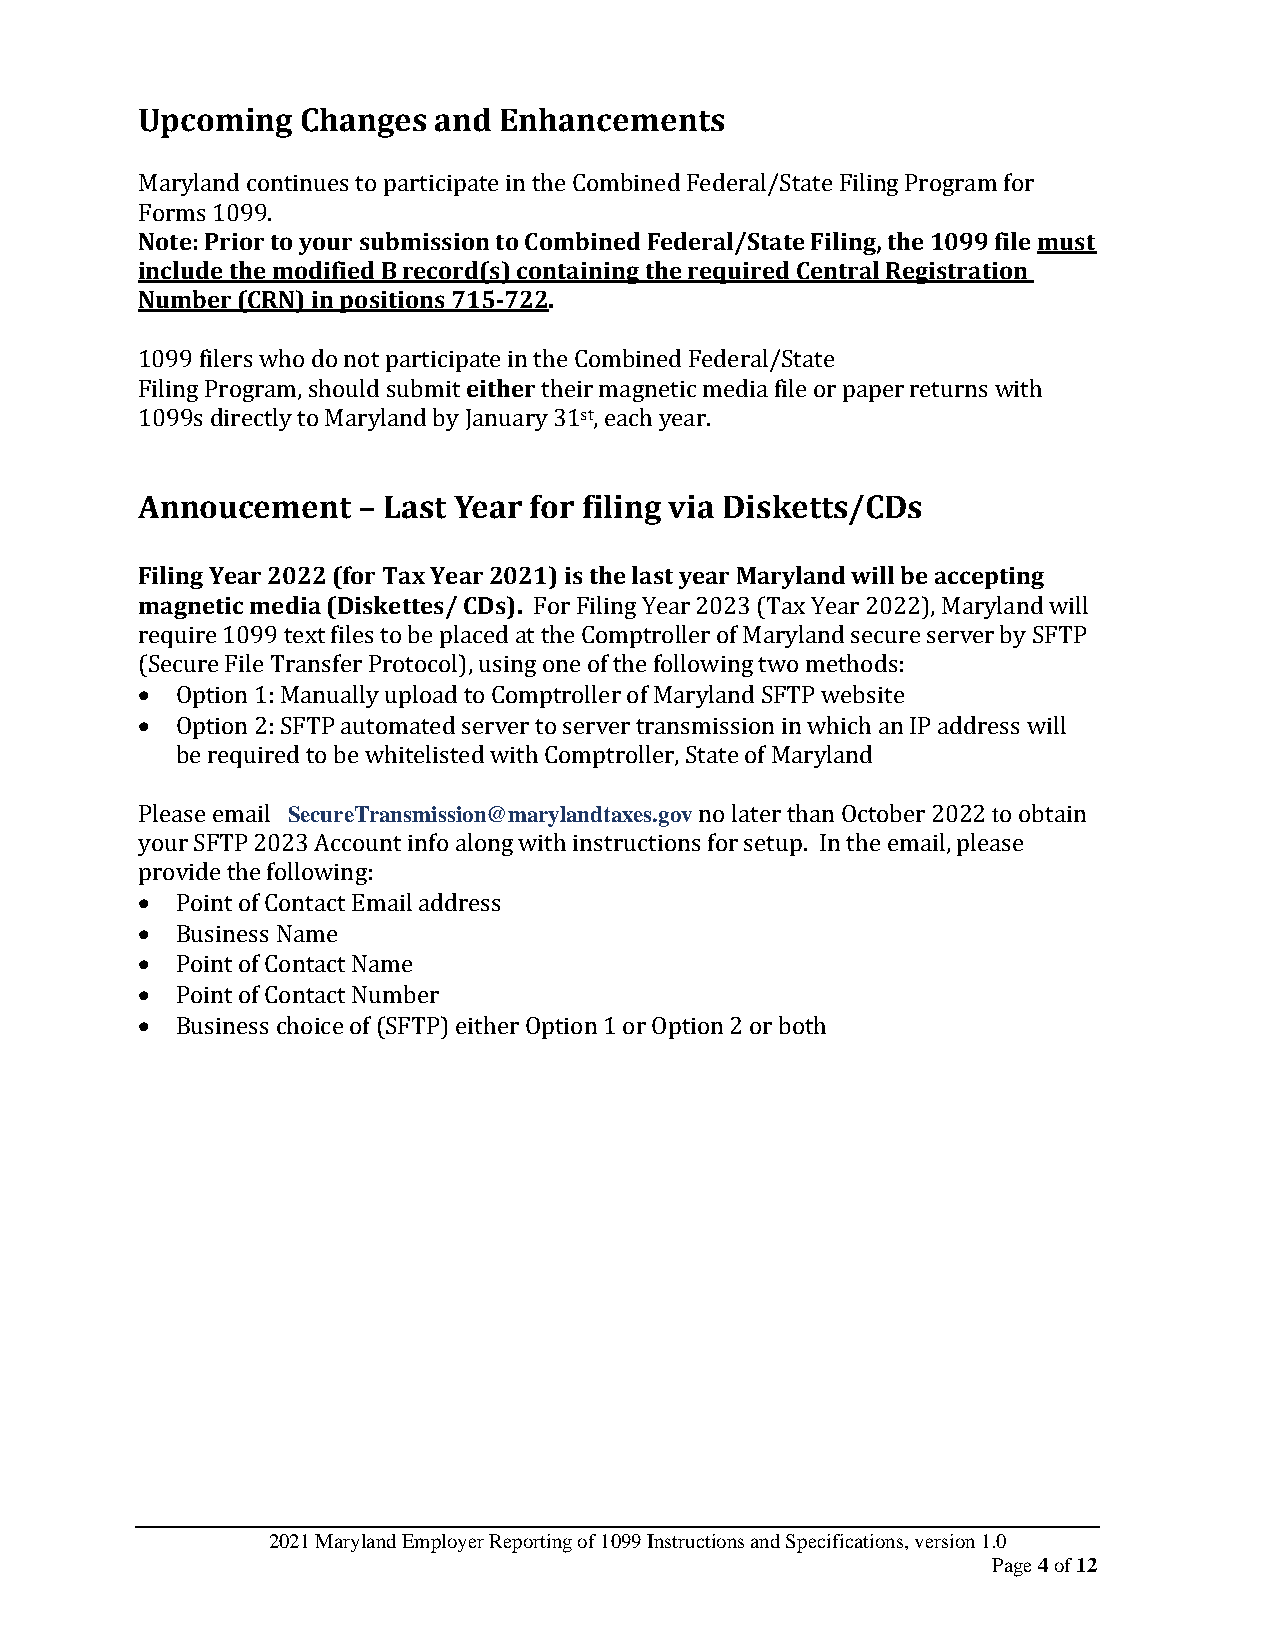
Upcoming   Changes  and Enhancements
 Maryland continues to participate in the Combined Federal/State Filing Program for
 Forms 1099.
 Note: Prior to your submission to Combined Federal/State Filing, the 1099 file must
 include the modified B record(s) containing the required Central Registration
 Number (CRN) in positions 715-722.
 1099 filers who do not participate in the Combined Federal/State
 Filing Program, should submit either their magnetic media file or paper returns with
 1099s directly to Maryland by January 31st, each year.
 Annoucement    – Last Year for filing via Disketts/CDs
 Filing Year 2022 (for Tax Year 2021) is the last year Maryland will be accepting
 magnetic media (Diskettes/ CDs). For Filing Year 2023 (Tax Year 2022), Maryland will
 require 1099 text files to be placed at the Comptroller of Maryland secure server by SFTP
 (Secure File Transfer Protocol), using one of the following two methods:
 •  Option 1: Manually upload to Comptroller of Maryland SFTP website
 •  Option 2: SFTP automated server to server transmission in which an IP address will
 be required to be whitelisted with Comptroller, State of Maryland
 Please email SecureTransmission@marylandtaxes.gov no later than October 2022 to obtain
 your SFTP 2023 Account info along with instructions for setup. In the email, please
 provide the following:
 •  Point of Contact Email address
 •  Business Name
 •  Point of Contact Name
 •  Point of Contact Number
 •  Business choice of (SFTP) either Option 1 or Option 2 or both
 2021 Maryland Employer Reporting of 1099 Instructions and Specifications, version 1.0
 Page 4 of 12